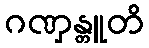
ဂဏှန္တူတိ